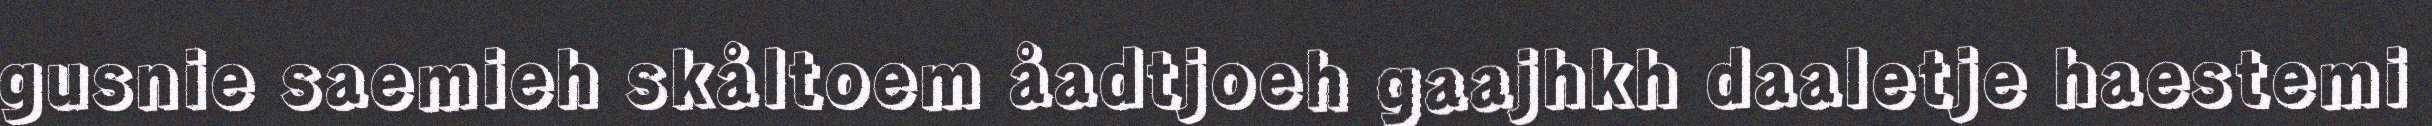
gusnie saemieh skåltoem åadtjoeh gaajhkh daaletje haestemi